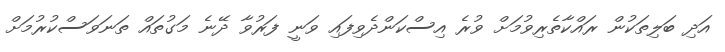
އަދި ބަލިތަކުން ރައްކާތެރިވުމަށް ވުރެ އިސްކަންދެވިފައި ވަނީ ފަރުވާ ދޭނެ މަގުތައް ތަނަވަސްކުރުމަށް